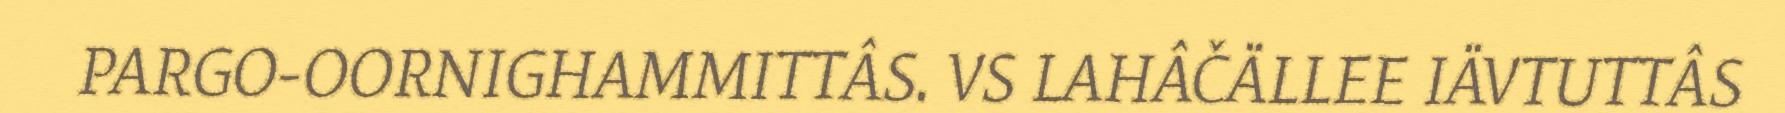
PARGO-OORNIGHAMMITTÂS. VS LAHÂČÄLLEE IÄVTUTTÂS